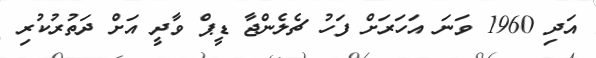
އަދި 1960 ވަނަ އަހަރަށް ފަހު ޗެލެންޖާ ޑީޕް ވާދީ އަށް ދަތުރުކުރި